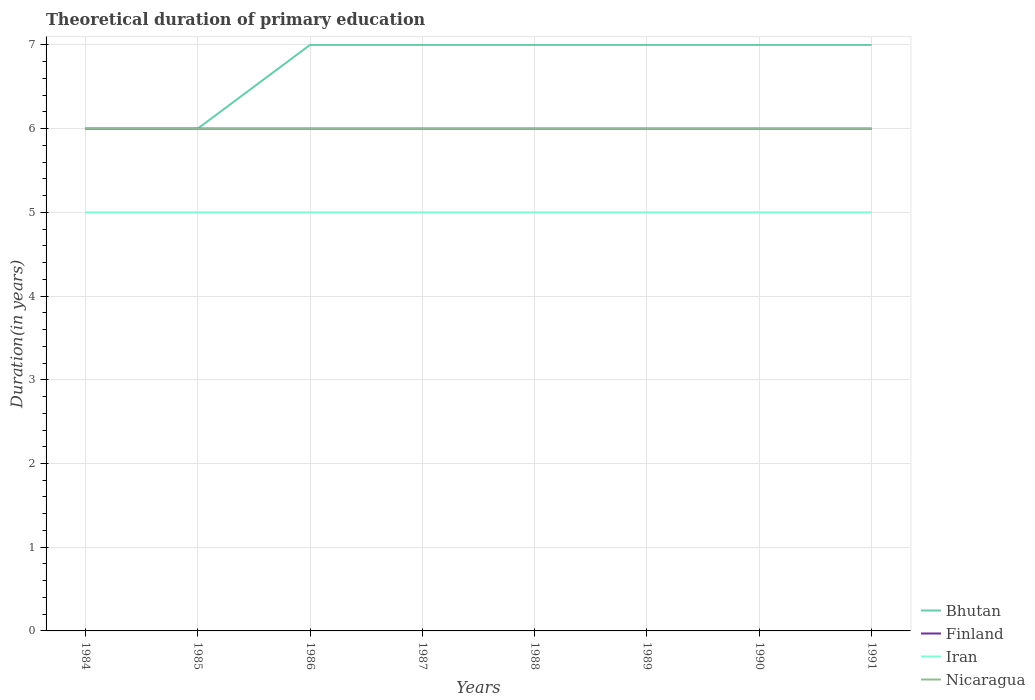
| Years | Bhutan | Finland | Iran | Nicaragua |
 | --- | --- | --- | --- | --- |
 | 1984 | 6 | 6 | 5 | 6 |
 | 1985 | 6 | 6 | 5 | 6 |
 | 1986 | 7 | 6 | 5 | 6 |
 | 1987 | 7 | 6 | 5 | 6 |
 | 1988 | 7 | 6 | 5 | 6 |
 | 1989 | 7 | 6 | 5 | 6 |
 | 1990 | 7 | 6 | 5 | 6 |
 | 1991 | 7 | 6 | 5 | 6 |